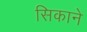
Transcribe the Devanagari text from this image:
सिकाने